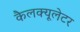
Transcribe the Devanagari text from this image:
कैलक्यूलेटर